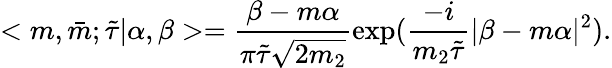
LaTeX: <m,\bar{m};\tilde{\tau}|\alpha,\beta>=\frac{\beta-m\alpha}{\pi\tilde{\tau}\sqrt{2m_{2}}}\exp(\frac{-i}{m_{2}\tilde{\tau}}|\beta-m\alpha|^{2}).